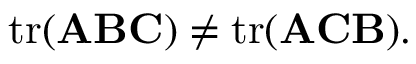
\operatorname { t r } ( \mathbf { A } \mathbf { B } \mathbf { C } ) \neq \operatorname { t r } ( \mathbf { A } \mathbf { C } \mathbf { B } ) .